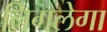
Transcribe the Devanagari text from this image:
निगलेगा